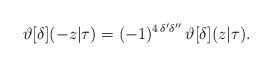
LaTeX: \begin{align*}\vartheta[\delta](-z|\tau)=(-1)^{4\,\delta'\delta''}\,\vartheta[\delta](z|\tau).\end{align*}